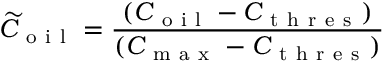
\widetilde { C } _ { \mathrm { ~ o ~ i ~ l ~ } } = \frac { ( C _ { \mathrm { ~ o ~ i ~ l ~ } } - C _ { \mathrm { ~ t ~ h ~ r ~ e ~ s ~ } } ) } { ( C _ { \mathrm { ~ m ~ a ~ x ~ } } - C _ { \mathrm { ~ t ~ h ~ r ~ e ~ s ~ } } ) }